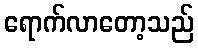
ရောက်လာတော့သည်